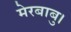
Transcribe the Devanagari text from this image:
मेरबाबु।